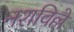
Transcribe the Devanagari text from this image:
नशविल्ले